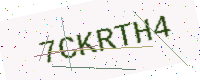
Text: 7CKRTH4